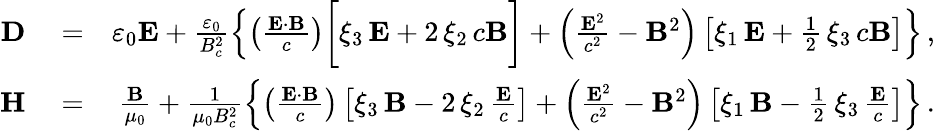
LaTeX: \begin{array}{rlr}{{\mathbf D}}&{{}=}&{\varepsilon_{0}{\mathbf E}+\frac{\varepsilon_{0}}{B_{c}^{2}}\left\{ \left(\frac{{\mathbf E}\cdot{\mathbf B}}{c}\right)\bigg[\xi_{3}\, {\mathbf E}+2\, \xi_{2}\, c{\mathbf B}\bigg]+\left(\frac{{\mathbf E}^{2}}{c^{2}}-{\mathbf B}^{2}\right)\left[\xi_{1}\, {\mathbf E}+\frac{1}{2}\, \xi_{3}\, c{\mathbf B}\right]\right\} \, ,}\\ {{\mathbf H}}&{{}=}&{\frac{{\mathbf B}}{\mu_{0}}+\frac{1}{\mu_{0}B_{c}^{2}}\left\{ \left(\frac{{\mathbf E}\cdot{\mathbf B}}{c}\right)\left[\xi_{3}\, {\mathbf B}-2\, \xi_{2}\, \frac{{\mathbf E}}{c}\right]+\left(\frac{{\mathbf E}^{2}}{c^{2}}-{\mathbf B}^{2}\right)\left[\xi_{1}\, {\mathbf B}-\frac{1}{2}\, \xi_{3}\, \frac{{\mathbf E}}{c}\right]\right\} \, .}\end{array}